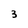
Character: 3